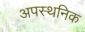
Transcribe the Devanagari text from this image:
अपस्थनिक